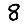
Digit: 8